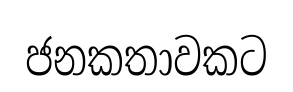
ජනකතාවකට